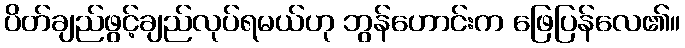
ပိတ်ချည်ဖွင့်ချည်လုပ်ရမယ်ဟု ဘွန်ဟောင်းက ဖြေပြန်လေ၏။